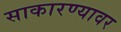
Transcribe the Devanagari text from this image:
साकारण्यावर